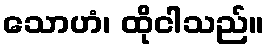
သောဟံ၊ ထိုငါသည်။